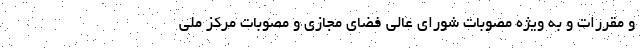
و مقررات و به ویژه مصوبات شورای عالی فضای مجازی و مصوبات مرکز ملی